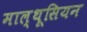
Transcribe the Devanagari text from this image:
माल्थूसियन